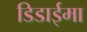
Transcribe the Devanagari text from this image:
डिडाईमा